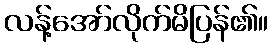
လန့်အော်လိုက်မိပြန်၏။